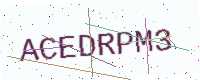
Text: ACEDRPM3